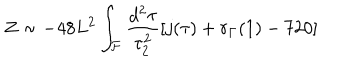
LaTeX: Z \sim - 4 8 L ^ { 2 } \int _ { \cal F } \frac { d ^ { 2 } \tau } { \tau _ { 2 } ^ { 2 } } [ j ( \tau ) + r _ { \Gamma } ( 1 ) - 7 2 0 ]